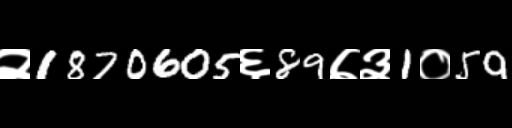
Text: २1870605६89७३1०59